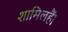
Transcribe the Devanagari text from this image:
शामिलहैं।